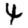
Digit: 4